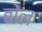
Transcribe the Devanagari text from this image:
बोंल